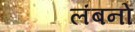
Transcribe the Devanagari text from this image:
लंबनों